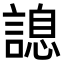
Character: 𧪩